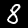
Label: 8